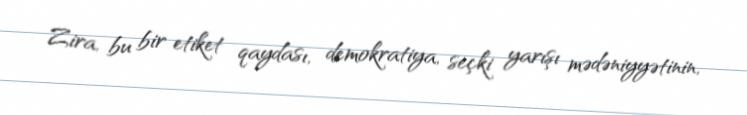
Zira, bu bir etiket qaydası, demokratiya, seçki yarışı mədəniyyətinin,